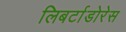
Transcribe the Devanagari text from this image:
लिबर्टाडोरेस